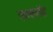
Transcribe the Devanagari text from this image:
एक्सरॉड